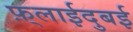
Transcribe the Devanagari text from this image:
फ़्लाईदुबई